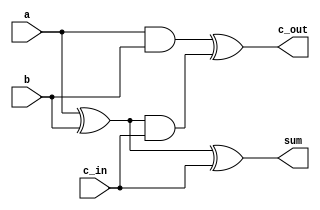
`timescale 1 ns / 1 ps
module fulladder (input a,b,c_in,output sum,c_out);
wire s1,c1,c2;
xor(s1,a,b);
xor(sum,s1,c_in);
and(c1,a,b);
and(c2,s1,c_in);
xor(c_out,c1,c2);
endmodule